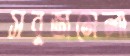
সবুজমেলা